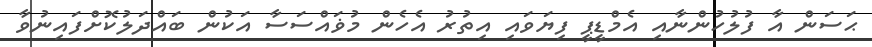
ޙަސަން އާ ފުލުހުންނާއި އެމްޑީޕީ ފިޔަވައި އިތުރު އެހެން މުޥައްސަސާ އަކުން ބައްދަލުކޮށްފައިނުވާ